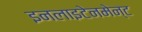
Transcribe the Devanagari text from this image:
इनलाइटेनमेन्ट